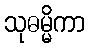
သုဓမ္မိကာ